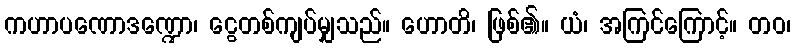
ကဟာပဏောဒဏ္ဍော၊ ငွေတစ်ကျပ်မျှသည်။ ဟောတိ၊ ဖြစ်၏။ ယံ၊ အကြင်ကြောင့်။ တဝ၊